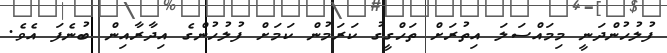
ފުލުހުންދަނީ މިމައްސަލަ އިތުރަށް ތަހްގީގު ކަރަމުން ކަމަށް ފުލުހުންގެ އިދާރާއިން ބުނެފަ އެވެ.